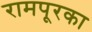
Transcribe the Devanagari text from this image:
रामपूरका